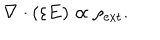
{ \bf \nabla } \cdot ( \varepsilon { \bf E } ) \propto \rho _ { \mathrm { e x t } } .